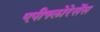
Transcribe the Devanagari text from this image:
एपीफ्लोरेसेंस